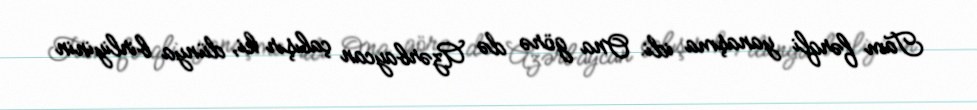
Tam fərqli yanaşma idi. Ona görə də Azərbaycan çalışır ki, dünya birliyinin